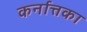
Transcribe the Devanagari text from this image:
कर्नात्तका